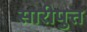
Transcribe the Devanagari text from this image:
सारीपुत्त